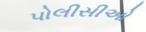
પોલીસીઓ